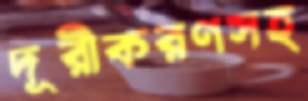
দূরীকরণসহ